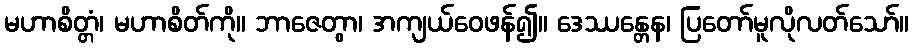
မဟာစိတ္တံ၊ မဟာစိတ်ကို။ ဘာဇေတွာ၊ အကျယ်ဝေဖန်၍။ ဒေဿန္တေန၊ ပြတော်မူလိုလတ်သော်။